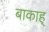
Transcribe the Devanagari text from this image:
बाकाह्